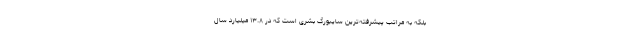
بلکه به مراتب پیشرفته‌ترین سایبورگ بشری است که در ۱۳.۸ میلیارد سال